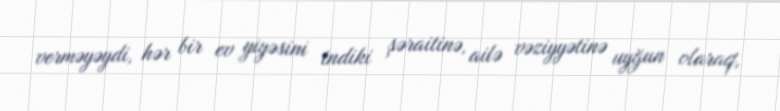
verməyəydi, hər bir ev yiyəsini indiki şəraitinə, ailə vəziyyətinə uyğun olaraq,